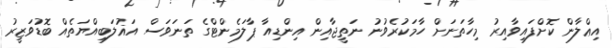
އިޢްލާން ކޮށްފައިވާއިރު މިހާތަނަށް ހާމަކުރެވުނު ނަތީޖާއިން އިންޑިއާ ޕާލަމެންޓްގެ ތަނަވަސް އަޣުލަބިއްޔަތެއް ބޮޑުވަޒީރު